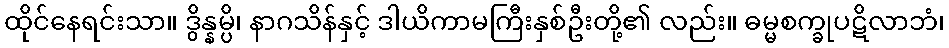
ထိုင်နေရင်းသာ။ ဒွိန္နမ္ပိ၊ နာဂသိန်နှင့် ဒါယိကာမကြီးနှစ်ဦးတို့၏ လည်း။ ဓမ္မစက္ခုပဋိလာဘံ၊